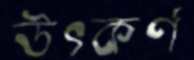
উৎকর্ণ